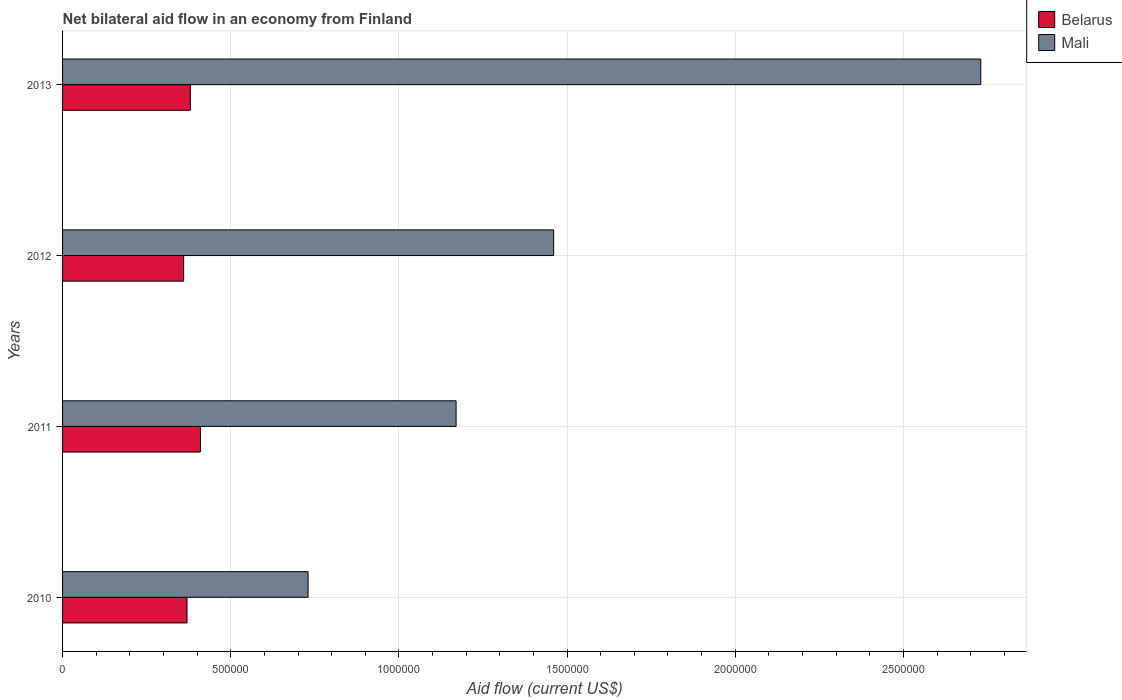
| Years | Belarus | Mali |
 | --- | --- | --- |
 | 2010 | 3.7e+05 | 7.3e+05 |
 | 2011 | 4.1e+05 | 1.17e+06 |
 | 2012 | 3.6e+05 | 1.46e+06 |
 | 2013 | 3.8e+05 | 2.73e+06 |